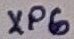
Text: XP6